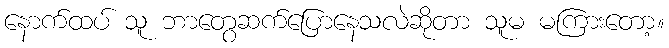
နောက်ထပ် သူ ဘာတွေဆက်ပြောနေသလဲဆိုတာ သူမ မကြားတော့။